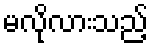
မလိုလားသည့်